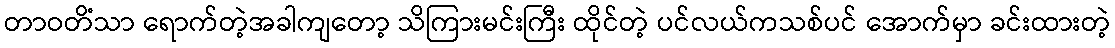
တာဝတိံသာ ရောက်တဲ့အခါကျတော့ သိကြားမင်းကြီး ထိုင်တဲ့ ပင်လယ်ကသစ်ပင် အောက်မှာ ခင်းထားတဲ့